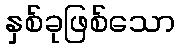
နှစ်ခုဖြစ်သော